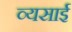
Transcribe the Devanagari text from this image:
व्यसाई